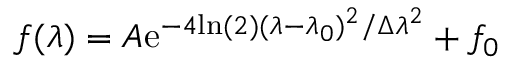
f ( \lambda ) = A \mathrm { e } ^ { - 4 \mathrm { l n } ( 2 ) ( \lambda - \lambda _ { 0 } ) ^ { 2 } / \Delta \lambda ^ { 2 } } + f _ { 0 }